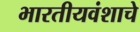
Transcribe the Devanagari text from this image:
भारतीयवंशाचे